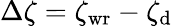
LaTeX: \Delta\zeta=\zeta_{\mathrm{wr}}-\zeta_{\mathrm{d}}